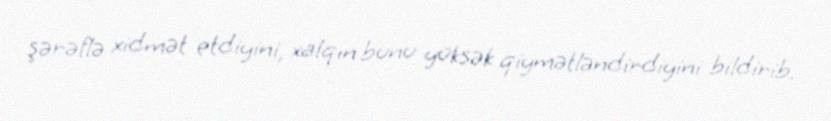
şərəflə xidmət etdiyini, xalqın bunu yüksək qiymətləndirdiyini bildirib.